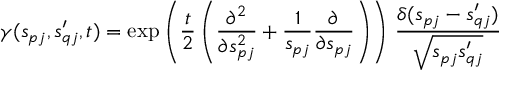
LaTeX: \gamma ( s _ { p j } , s _ { q j } ^ { \prime } , t ) = \exp \left( \frac { t } { 2 } \left( \frac { \partial ^ { 2 } } { \partial s _ { p j } ^ { 2 } } + \frac { 1 } { s _ { p j } } \frac { \partial } { \partial s _ { p j } } \right) \right) \, \frac { \delta ( s _ { p j } - s _ { q j } ^ { \prime } ) } { \sqrt { s _ { p j } s _ { q j } ^ { \prime } } }